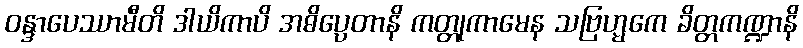
ဝန္ဒာပေဿာမီတိ ဒါယိကာပိ အဓိပ္ပေတာနိ ကတ္တုကာမေန သဗြဟ္မကေ ခိတ္တကဏ္ဍာနိ